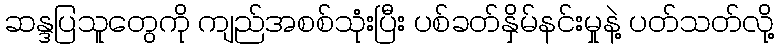
ဆန္ဒပြသူတွေကို ကျည်အစစ်သုံးပြီး ပစ်ခတ်နှိမ်နင်းမှုနဲ့ ပတ်သတ်လို့